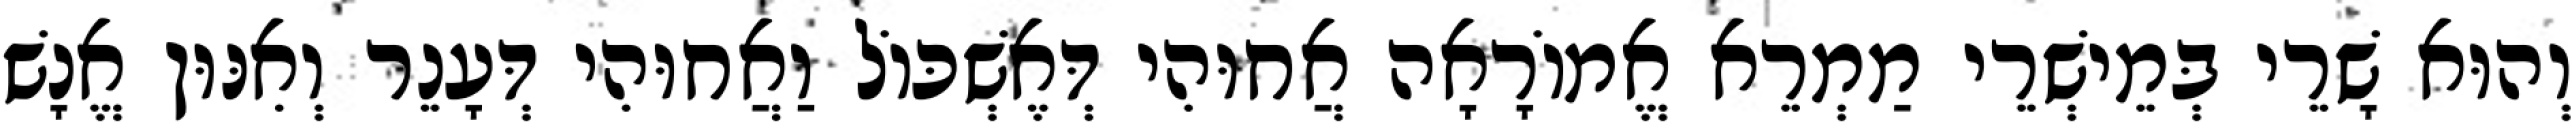
וְהוּא שָׁרֵי בְּמֵישְׁרֵי מַמְרֵא אֱמוֹרָאָה אֲחוּהִי דְּאֶשְׁכּוֹל וַאֲחוּהִי דְּעָנֵר וְאִנּוּן אֱנָשׁ